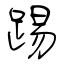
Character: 踢